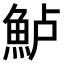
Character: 𫙔